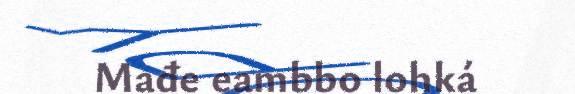
Mađe eambbo lohká